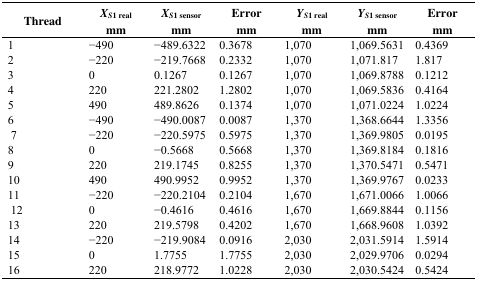
<table><thead><tr><td><b>Thread</b></td><td><b><i>X</i><sub><i>S</i>1 real</sub>mm</b></td><td><b><i>X</i><sub><i>S</i>1 sensor</sub>mm</b></td><td><b>Errormm</b></td><td><b><i>Y</i><sub><i>S</i>1 real</sub>mm</b></td><td><b><i>Y</i><sub><i>S</i>1 sensor</sub>mm</b></td><td><b>Errormm</b></td></tr></thead><tbody><tr><td>1</td><td>−490</td><td>−489.6322</td><td>0.3678</td><td>1,070</td><td>1,069.5631</td><td>0.4369</td></tr><tr><td>2</td><td>−220</td><td>−219.7668</td><td>0.2332</td><td>1,070</td><td>1,071.817</td><td>1.817</td></tr><tr><td>3</td><td>0</td><td>0.1267</td><td>0.1267</td><td>1,070</td><td>1,069.8788</td><td>0.1212</td></tr><tr><td>4</td><td>220</td><td>221.2802</td><td>1.2802</td><td>1,070</td><td>1,069.5836</td><td>0.4164</td></tr><tr><td>5</td><td>490</td><td>489.8626</td><td>0.1374</td><td>1,070</td><td>1,071.0224</td><td>1.0224</td></tr><tr><td>6</td><td>−490</td><td>−490.0087</td><td>0.0087</td><td>1,370</td><td>1,368.6644</td><td>1.3356</td></tr><tr><td>7</td><td>−220</td><td>−220.5975</td><td>0.5975</td><td>1,370</td><td>1,369.9805</td><td>0.0195</td></tr><tr><td>8</td><td>0</td><td>−0.5668</td><td>0.5668</td><td>1,370</td><td>1,369.8184</td><td>0.1816</td></tr><tr><td>9</td><td>220</td><td>219.1745</td><td>0.8255</td><td>1,370</td><td>1,370.5471</td><td>0.5471</td></tr><tr><td>10</td><td>490</td><td>490.9952</td><td>0.9952</td><td>1,370</td><td>1,369.9767</td><td>0.0233</td></tr><tr><td>11</td><td>−220</td><td>−220.2104</td><td>0.2104</td><td>1,670</td><td>1,671.0066</td><td>1.0066</td></tr><tr><td>12</td><td>0</td><td>−0.4616</td><td>0.4616</td><td>1,670</td><td>1,669.8844</td><td>0.1156</td></tr><tr><td>13</td><td>220</td><td>219.5798</td><td>0.4202</td><td>1,670</td><td>1,668.9608</td><td>1.0392</td></tr><tr><td>14</td><td>−220</td><td>−219.9084</td><td>0.0916</td><td>2,030</td><td>2,031.5914</td><td>1.5914</td></tr><tr><td>15</td><td>0</td><td>1.7755</td><td>1.7755</td><td>2,030</td><td>2,029.9706</td><td>0.0294</td></tr><tr><td>16</td><td>220</td><td>218.9772</td><td>1.0228</td><td>2,030</td><td>2,030.5424</td><td>0.5424</td></tr></tbody></table>